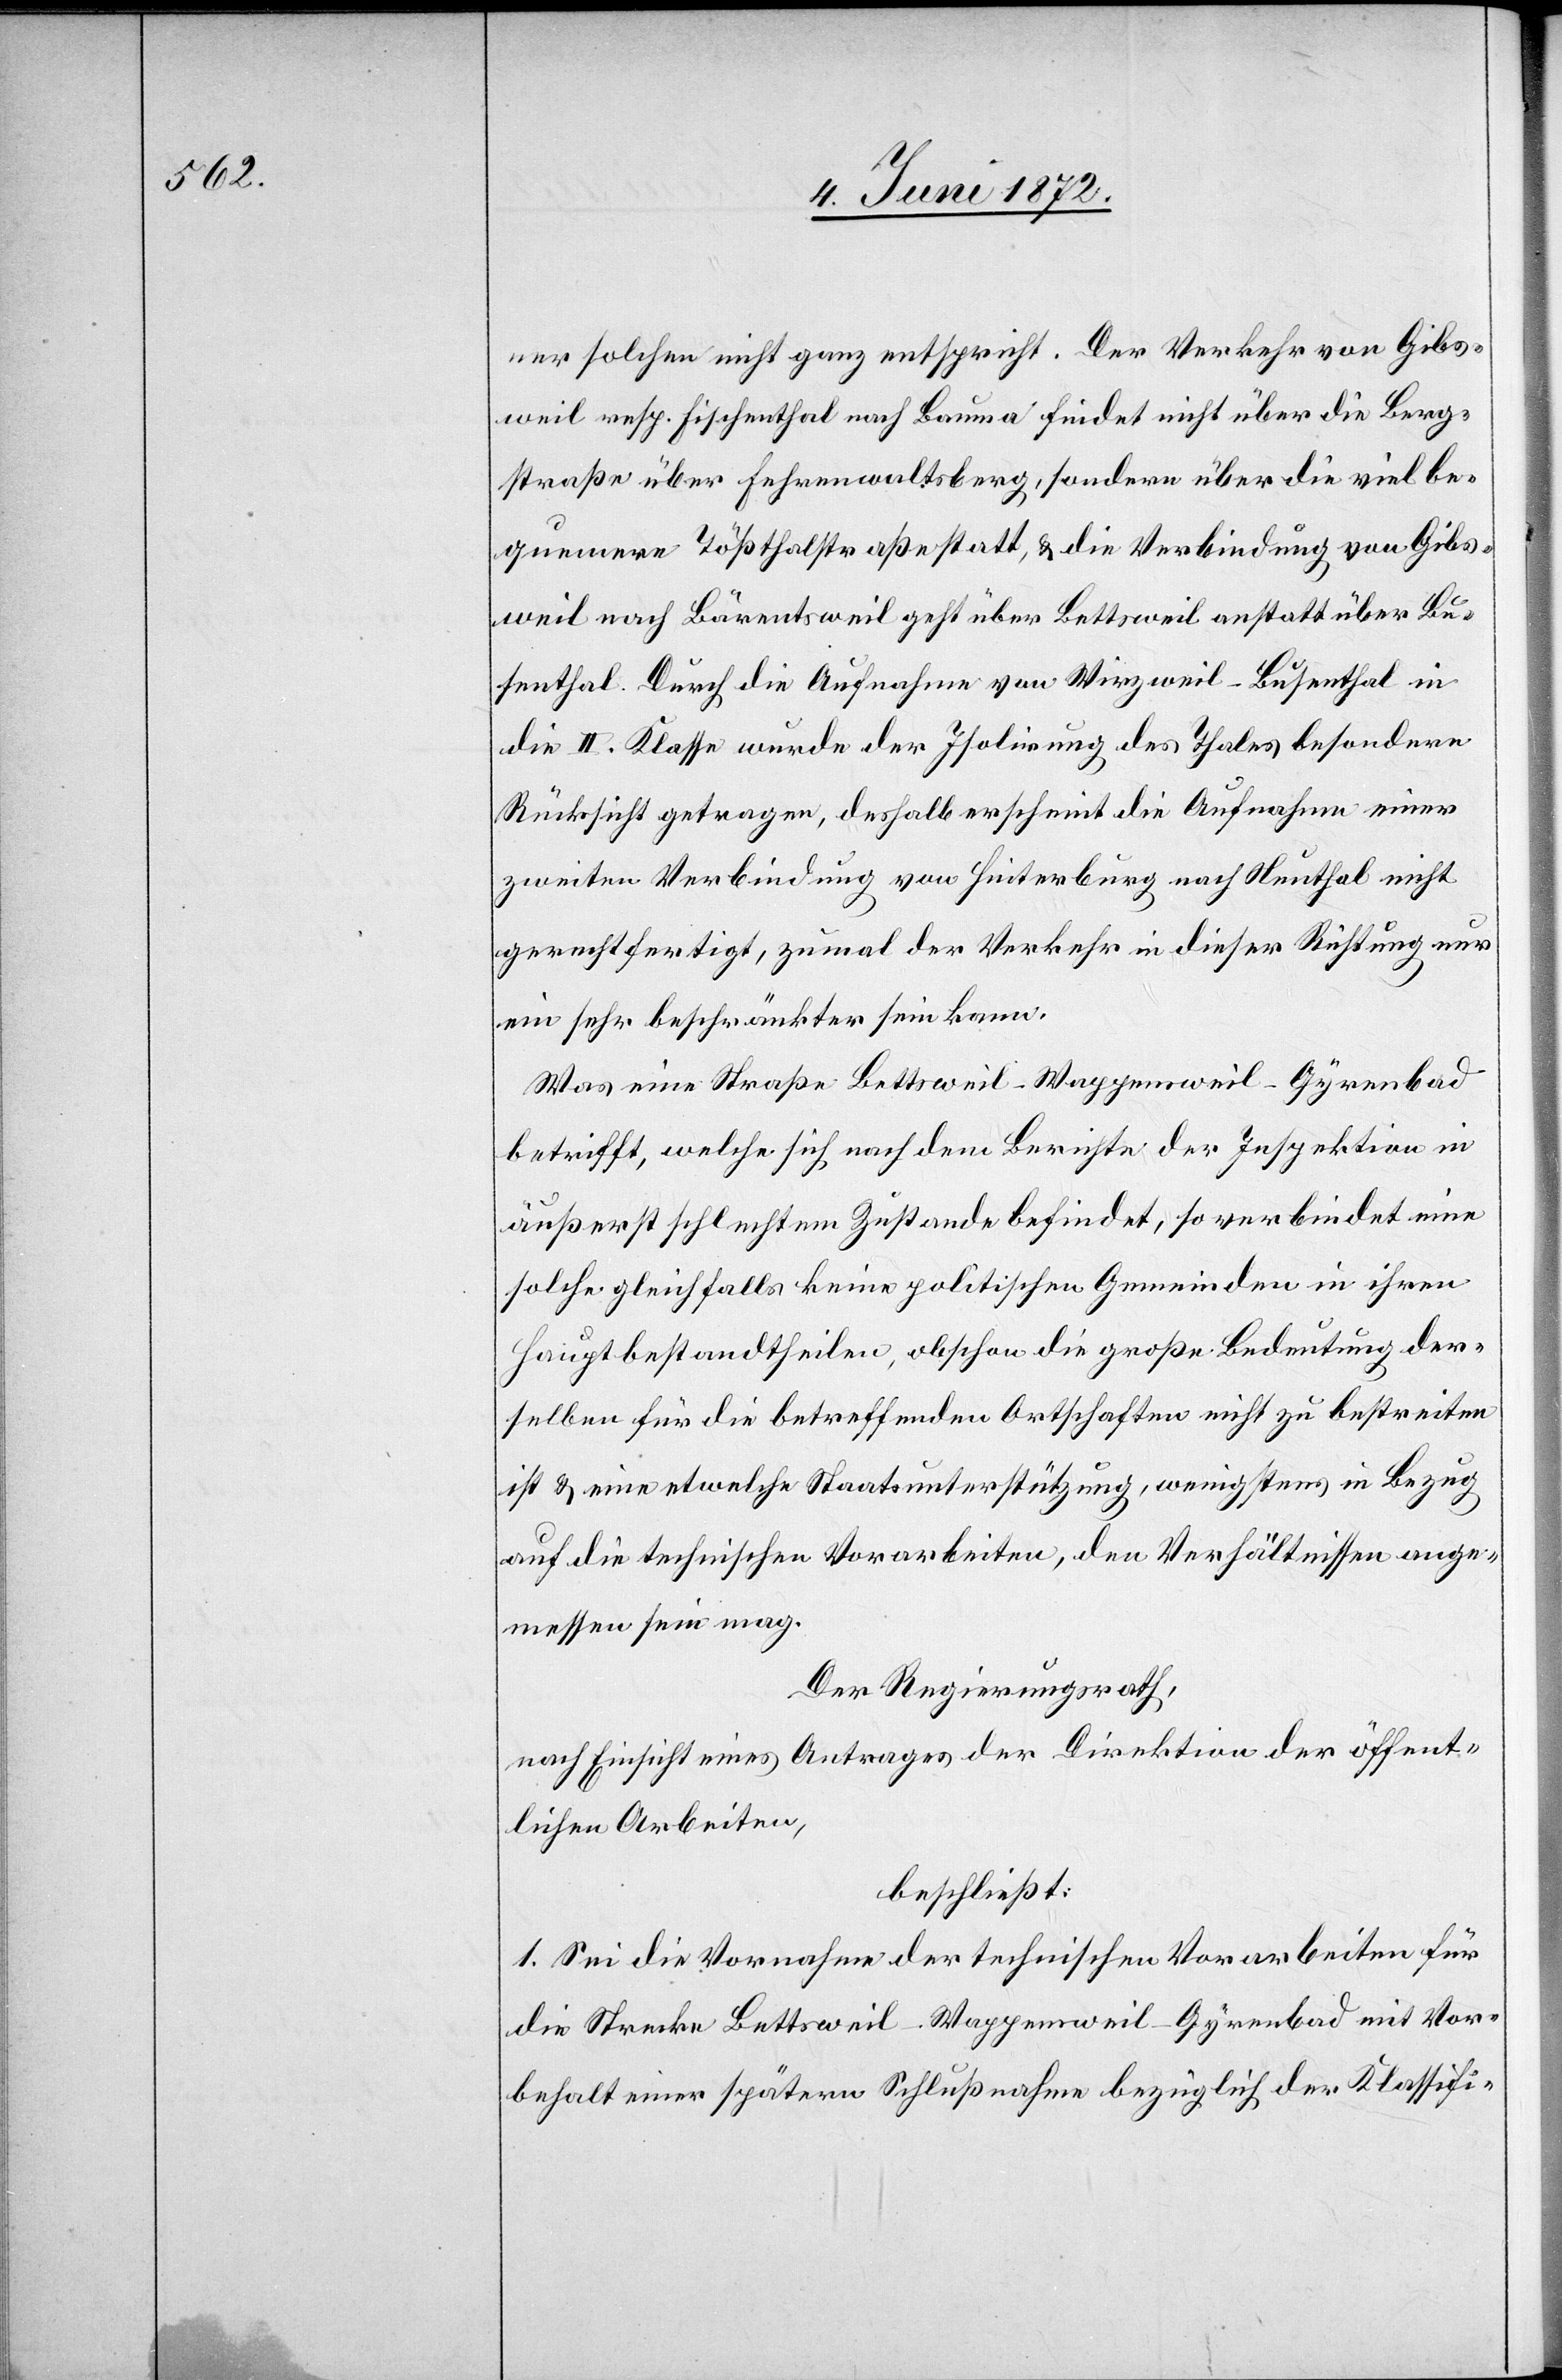
ner solchen nicht ganz entspricht. Der Verkehr von Gibs¬
weil resp. Fischenthal nach Bauma findet nicht über die Berg¬
straße über Fehrenwaltsberg, sondern über die viel be¬
quemere Tößthalstraße statt, u. die Verbindung von Gibs¬
weil nach Bärentsweil geht über Bettsweil anstatt über Bu¬
senthal. Durch die Aufnahme von Wirzweil–Busenthal in
die II. Klasse wurde der Isolirung des Thales besondere
Rücksicht getragen, deshalb erscheint die Aufnahme einer
zweiten Verbindung von Hinterberg nach Neuthal nicht
gerechtfertigt, zumal der Verkehr in dieser Richtung nur
ein sehr beschränkter sein kann.
Was eine Straße Bettsweil–Wappensweil–Gyrenbad
betrifft, welche sich nach dem Berichte der Inspektion in
äußerst schlechtem Zustande befindet, so verbindet eine
solche gleichfalls keine politischen Gemeinden in ihren
Hauptbestandtheilen, obschon die große Bedeutung der¬
selben für die betreffenden Ortschaften nicht zu bestreiten
ist u. eine etwelche Staatsunterstützung, wenigstens in Bezug
auf die technischen Vorarbeiten, den Verhältnissen ange¬
messen sein mag.
Der Regierungsrath,
nach Einsicht eines Antrages der Direktion der öffent¬
lichen Arbeiten,
beschließt:
1. Sei die Vornahme der technischen Vorarbeiten für
die Strecke Bettsweil–Wappensweil–Gyrenbad mit Vor¬
behalt einer spätern Schlußnahme bezüglich der Klassifi-